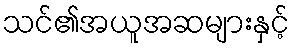
သင်၏အယူအဆများနှင့်